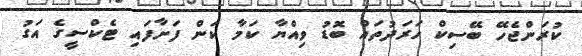
ކުރަންޖެހޭ ބޭސިކް ހަރަދުތައް ބޮޑު ވިއްޔާ ކަމާ ކަން ފަށާފައި ޓެކްސީގެ އަގު